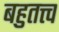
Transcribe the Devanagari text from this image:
बहुतत्त्व